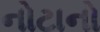
નોટાનો